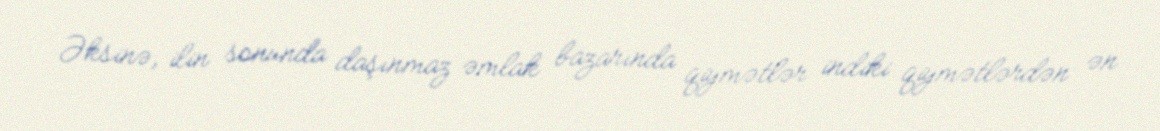
Əksinə, ilin sonunda daşınmaz əmlak bazarında qiymətlər indiki qiymətlərdən ən